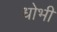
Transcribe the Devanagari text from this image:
धोभी